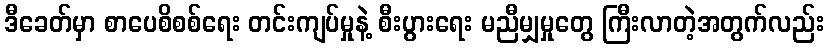
ဒီခေတ်မှာ စာပေစိစစ်ရေး တင်းကျပ်မှုနဲ့ စီးပွားရေး မညီမျှမှုတွေ ကြီးလာတဲ့အတွက်လည်း